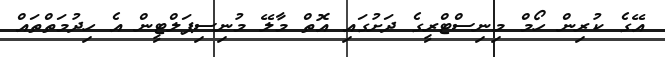
އޭގެ ކުރިން ހޯމް މިނިސްޓްރީގެ ދަށުގައި އޮތް މާލޭ މުނިސިޕަލްޓީން އެ ހިދުމަތްތައް